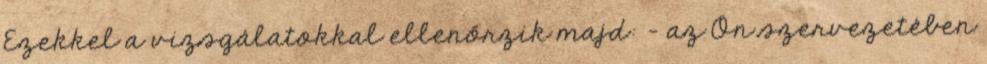
Ezekkel a vizsgálatokkal ellenőrzik majd: - az Ön szervezetében